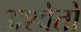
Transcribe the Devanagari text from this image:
अश्वेतो